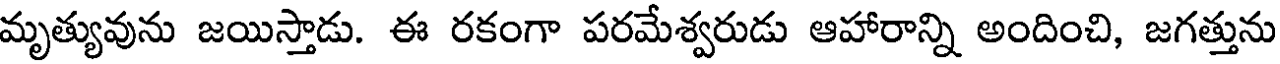
మృత్యువును జయిస్తాడు. ఈ రకంగా పరమేశ్వరుడు ఆహారాన్ని అందించి, జగత్తును